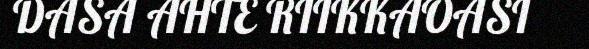
DASA AHTE RIIKKAOASI